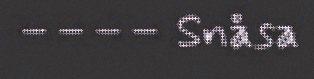
–––– Snåsa